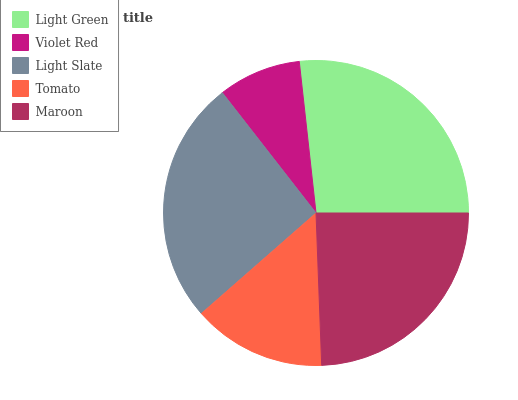
| Light Green | Violet Red | Light Slate | Tomato | Maroon |
 | --- | --- | --- | --- | --- |
 | 26.8% | 8.79% | 26% | 14.1% | 24.4% |